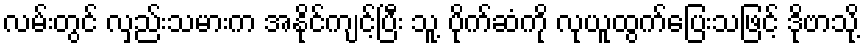
လမ်းတွင် လှည်းသမားက အနိုင်ကျင့်ပြီး သူ့ ပိုက်ဆံကို လုယူထွက်ပြေးသဖြင့် ဒိုဗာသို့